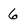
Character: 6